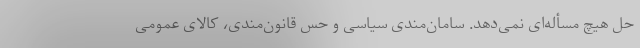
حل هیچ مسأله‌ای نمی‌دهد. سامان‌مندی سیاسی و حس قانون‌مندی، کالای عمومی